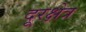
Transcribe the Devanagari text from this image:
दूरक्षेत्र